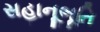
સહાનૂભૂતિ